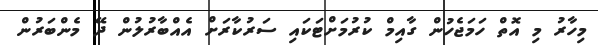
މިހާރު މި އޮތް ހަމަޖެހުން ގާއިމް ކުރުމަށްޓަކައި ސަރުކާރަށް އެއްބާރުލުން ދޭ މެންބަރުން